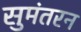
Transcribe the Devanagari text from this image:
सुमंतरन